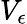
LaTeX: V_{\epsilon}